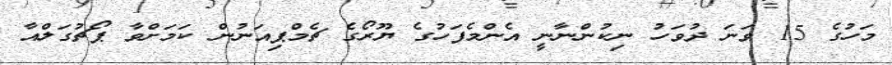
މަހުގެ 15 ވަނަ ދުވަހު ނިކުންނާނީ އެންމެފަހުގެ ޔޫރޯގެ ޗެމްޕިއަނުން ކަމަށްވާ ޕޯޗުގަލްއާ